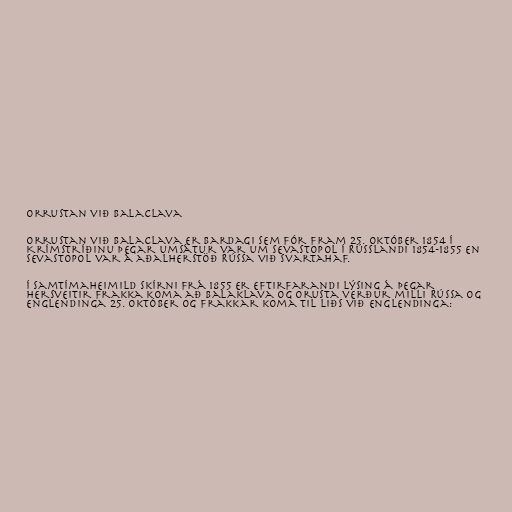
Orrustan við Balaclava

Orrustan við Balaclava er bardagi sem fór fram 25. október 1854 í
Krímstríðinu þegar umsátur var um Sevastopol í Rússlandi 1854-1855 en
Sevastopol var á aðalherstöð Rússa við Svartahaf.

Í samtímaheimild Skírni frá 1855 er eftirfarandi lýsing á þegar
hersveitir Frakka koma að Balaklava og orusta verður milli Rússa og
Englendinga 25. október og Frakkar koma til liðs við Englendinga: